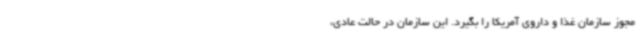
مجوز سازمان غذا و داروی آمریکا را بگیرد. این سازمان در حالت عادی،